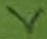
Text: V